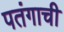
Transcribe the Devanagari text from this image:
पतंगाची